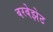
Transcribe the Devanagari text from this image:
बरबेझेट